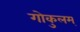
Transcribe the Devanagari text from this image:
गोकुलम्